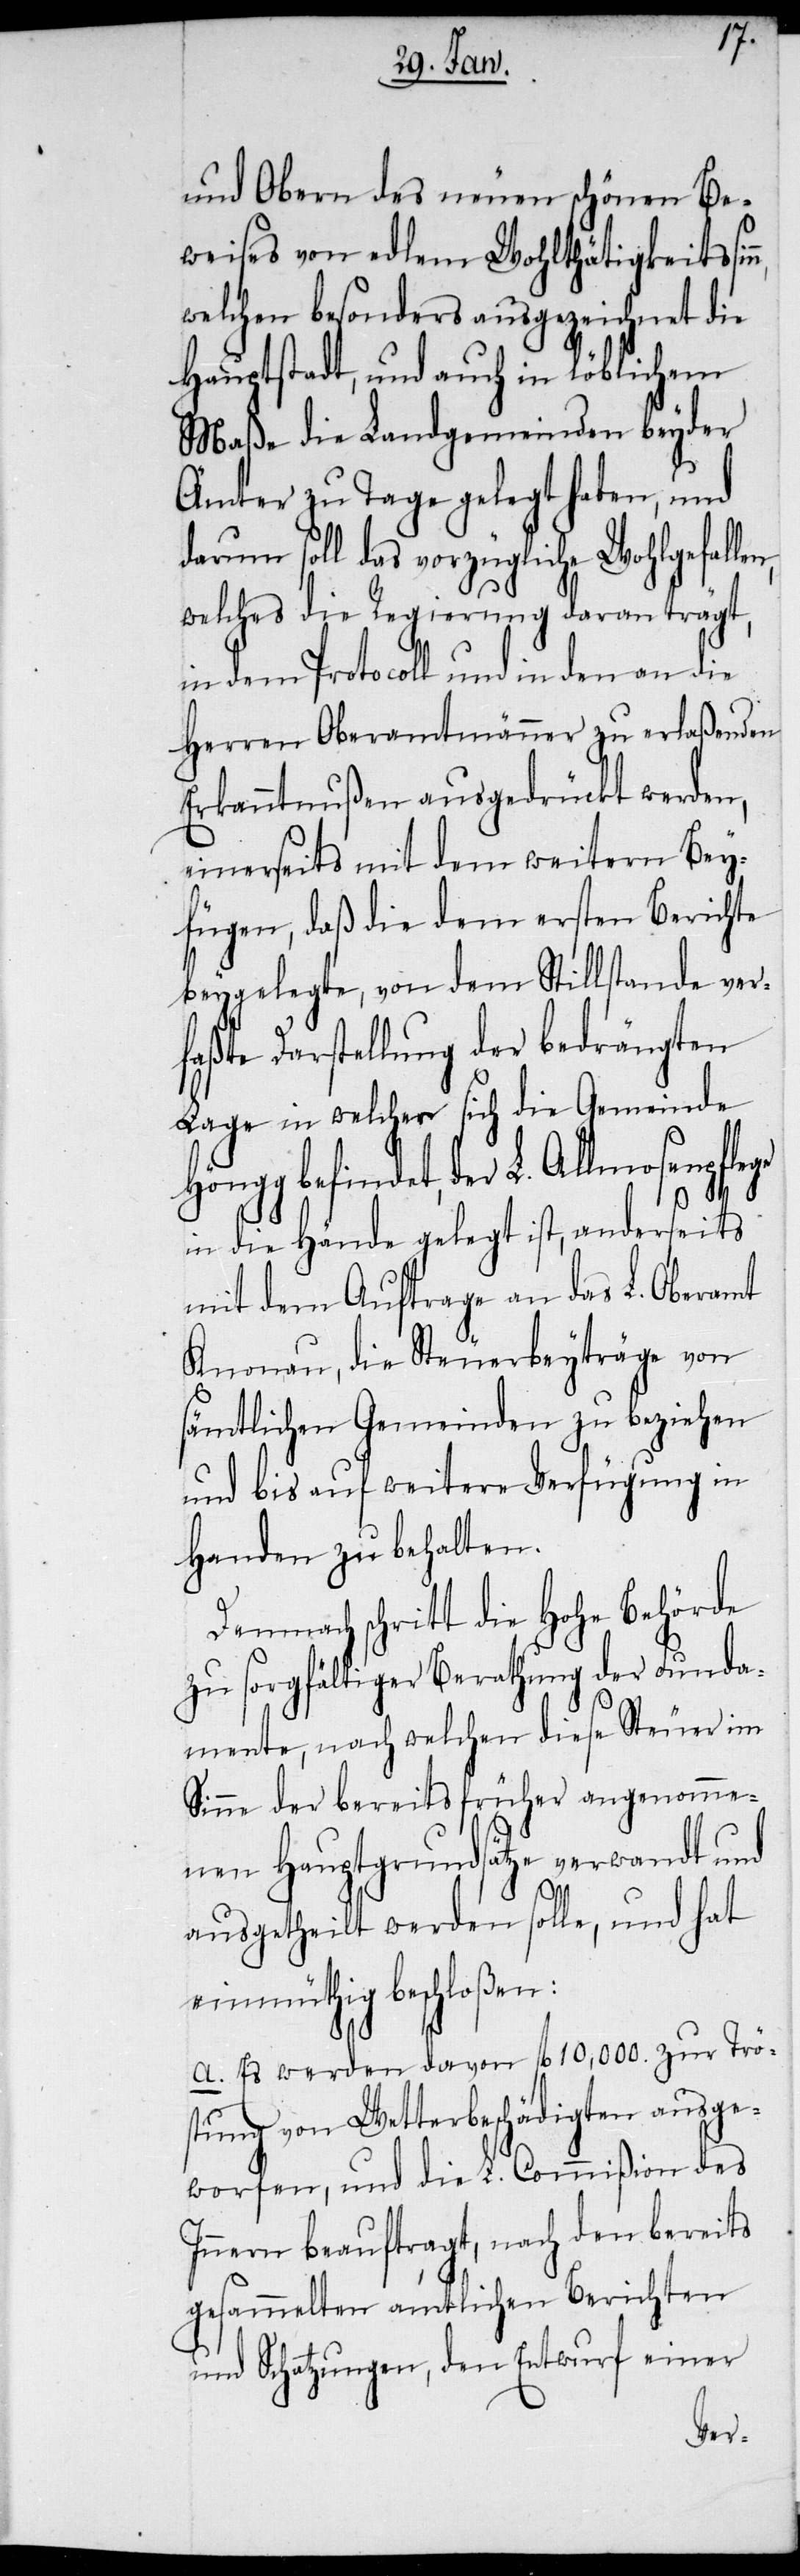
n,
und Obern des neuen schönen Be¬
weises von edlem Wohlthätigkeitssin¬
welchen besonders ausgezeichnet die
Hauptstadt, und auch in löblichem
Maße die Landgemeinden beyder
Ämter zu Tage gelegt haben, und
darum soll das vorzügliche Wohlgefallen,
welches die Regierung daran trägt,
in dem Protocoll und in den an die
Herren Oberamtmänner zu erlaßenden
Erkanntnußen ausgedrückt werden,
einerseits mit dem weitern Bey¬
fügen, daß die dem ersten Berichte
beygelegte, von dem Stillstande ver¬
faßte Darstellung der bedrängten
Lage in welcher sich die Gemeinde
Höngg befindet, der L. Allmosenpflege
in die Hände gelegt ist, anderseits
mit dem Auftrage an das L. Oberamt
Knonau, die Steuerbeyträge von
sämtlichen Gemeinden zu beziehen
und bis auf weitere Verfügung in
Handen zu behalten.
Demnach schritt die Hohe Behörde
zu sorgfältiger Berathung der Funda¬
mente, nach welchen diese Steuer im
Sinne der bereits früher angenomme¬
nen Hauptgrundsätze verwandt und
ausgetheilt werden solle, und hat
einmüthig beschloßen:
a. Es werden davon fl 10,000. zur Trö¬
stung von Wetterbeschädigten ausge¬
worfen, und die L. Commißion des
Innern beauftragt, nach den bereits
gesammelten amtlichen Berichten
und Schatzungen, den Entwurf einer